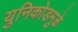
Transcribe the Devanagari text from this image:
युनिकोडमुळे